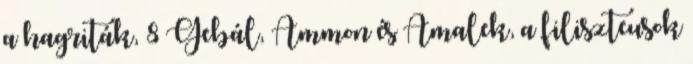
a hagriták, 8 Gebál, Ammon és Amalek, a filiszteusok